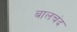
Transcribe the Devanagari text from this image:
बालचंद